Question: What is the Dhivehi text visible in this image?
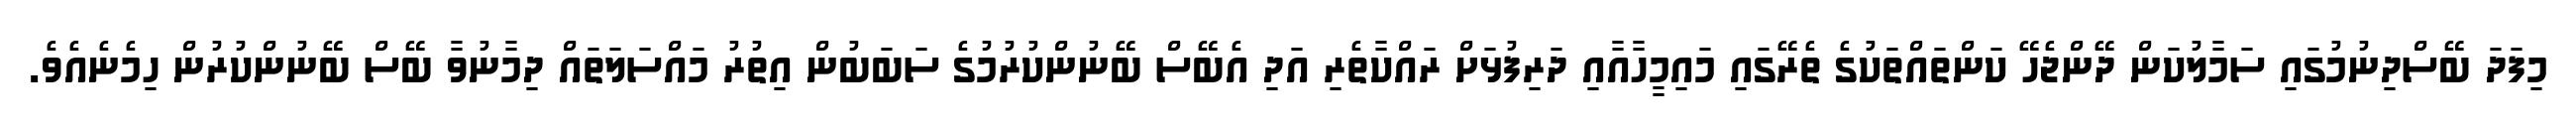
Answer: މިފަދަ ބޭސްދިނުމުގައި ސަމާލުކަން ދޭންޖެހޭ ކަންތައްތަކުގެ ތެރޭގައި މައިމީހާއާއި ދަރިފުޅަށް ރައްކާތެރި އަދި އެބޭސް ބޭނުންކުރުމުގެ ސަބަބުން އިތުރު މައްސަލަތައް ދިމާނުވާ ބޭސް ބޭނުންކުރުން ހިމެނެއެވެ.